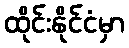
ထိုင်းနိုင်ငံမှာ